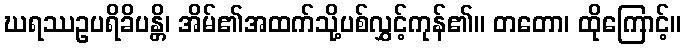
ဃရဿဥပရိခိပန္တိ၊ အိမ်၏အထက်သို့ပစ်လွှင့်ကုန်၏။ တတော၊ ထိုကြောင့်။